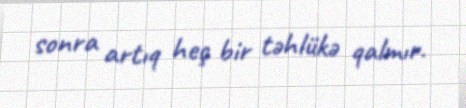
sonra artıq heç bir təhlükə qalmır.